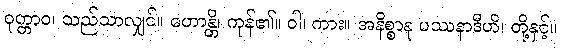
ဝုတ္တာဝ၊ သည်သာလျှင်။ ဟောန္တိ၊ ကုန်၏။ ဝါ၊ ကား။ အနိစ္စာနု ပဿနာဒီဟိ၊ တို့နှင့်။